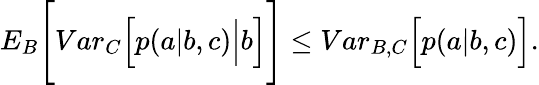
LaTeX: \begin{array}{r}{{E}_{B}\Bigg[{Var}_{C}\Big[p(a|b,c)\Big|b\Big]\Bigg]\leq{Var}_{B,C}\Big[p(a|b,c)\Big].}\end{array}